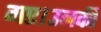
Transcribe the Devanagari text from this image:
गए।उनकी